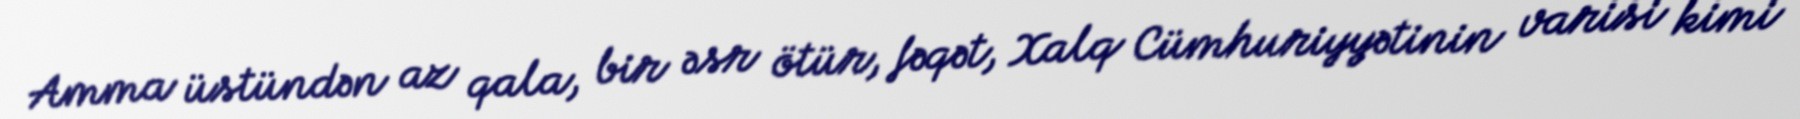
Amma üstündən az qala, bir əsr ötür, fəqət, Xalq Cümhuriyyətinin varisi kimi